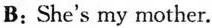
B: She's my mother.